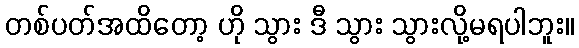
တစ်ပတ်အထိတော့ ဟို သွား ဒီ သွား သွားလို့မရပါဘူး။